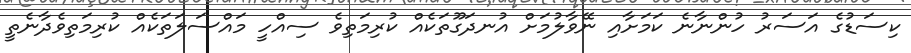
ކިސަޑުގެ އަސަރު ހުންނާނެ ކަމަށާއި ނޭވާލުމަށް އުނދަގޫތަކެއް ކުރިމަތިވެ ސިއްހީ މައްސަލަތަކެއް ކުރިމަތިވެދާނެތީ